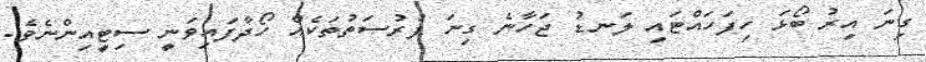
ގިނަ އިރު ބޯޅަ ހިފަހައްޓައި ލަނޑު ޖަހާނެ ގިނަ ފުރުސަތުތަކެއް ހޯދާފައިވަނީ ސިޓީއިންނެވެ.